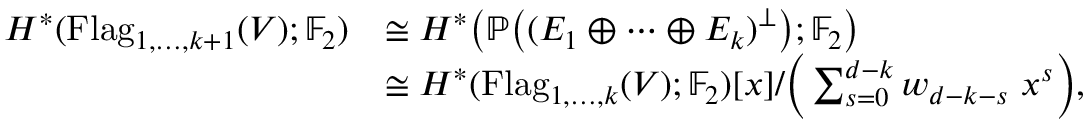
\begin{array} { r l } { H ^ { * } ( \operatorname { F l a g } _ { 1 , \dots , k + 1 } ( V ) ; \mathbb { F } _ { 2 } ) } & { \cong H ^ { * } \big ( \mathbb { P } \big ( ( E _ { 1 } \oplus \cdots \oplus E _ { k } ) ^ { \perp } \big ) ; \mathbb { F } _ { 2 } \big ) } \\ & { \cong H ^ { * } ( \operatorname { F l a g } _ { 1 , \dots , k } ( V ) ; \mathbb { F } _ { 2 } ) [ x ] / \Big ( \sum _ { s = 0 } ^ { d - k } w _ { d - k - s } \ x ^ { s } \Big ) , } \end{array}